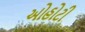
ઓહોટી